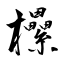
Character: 欙